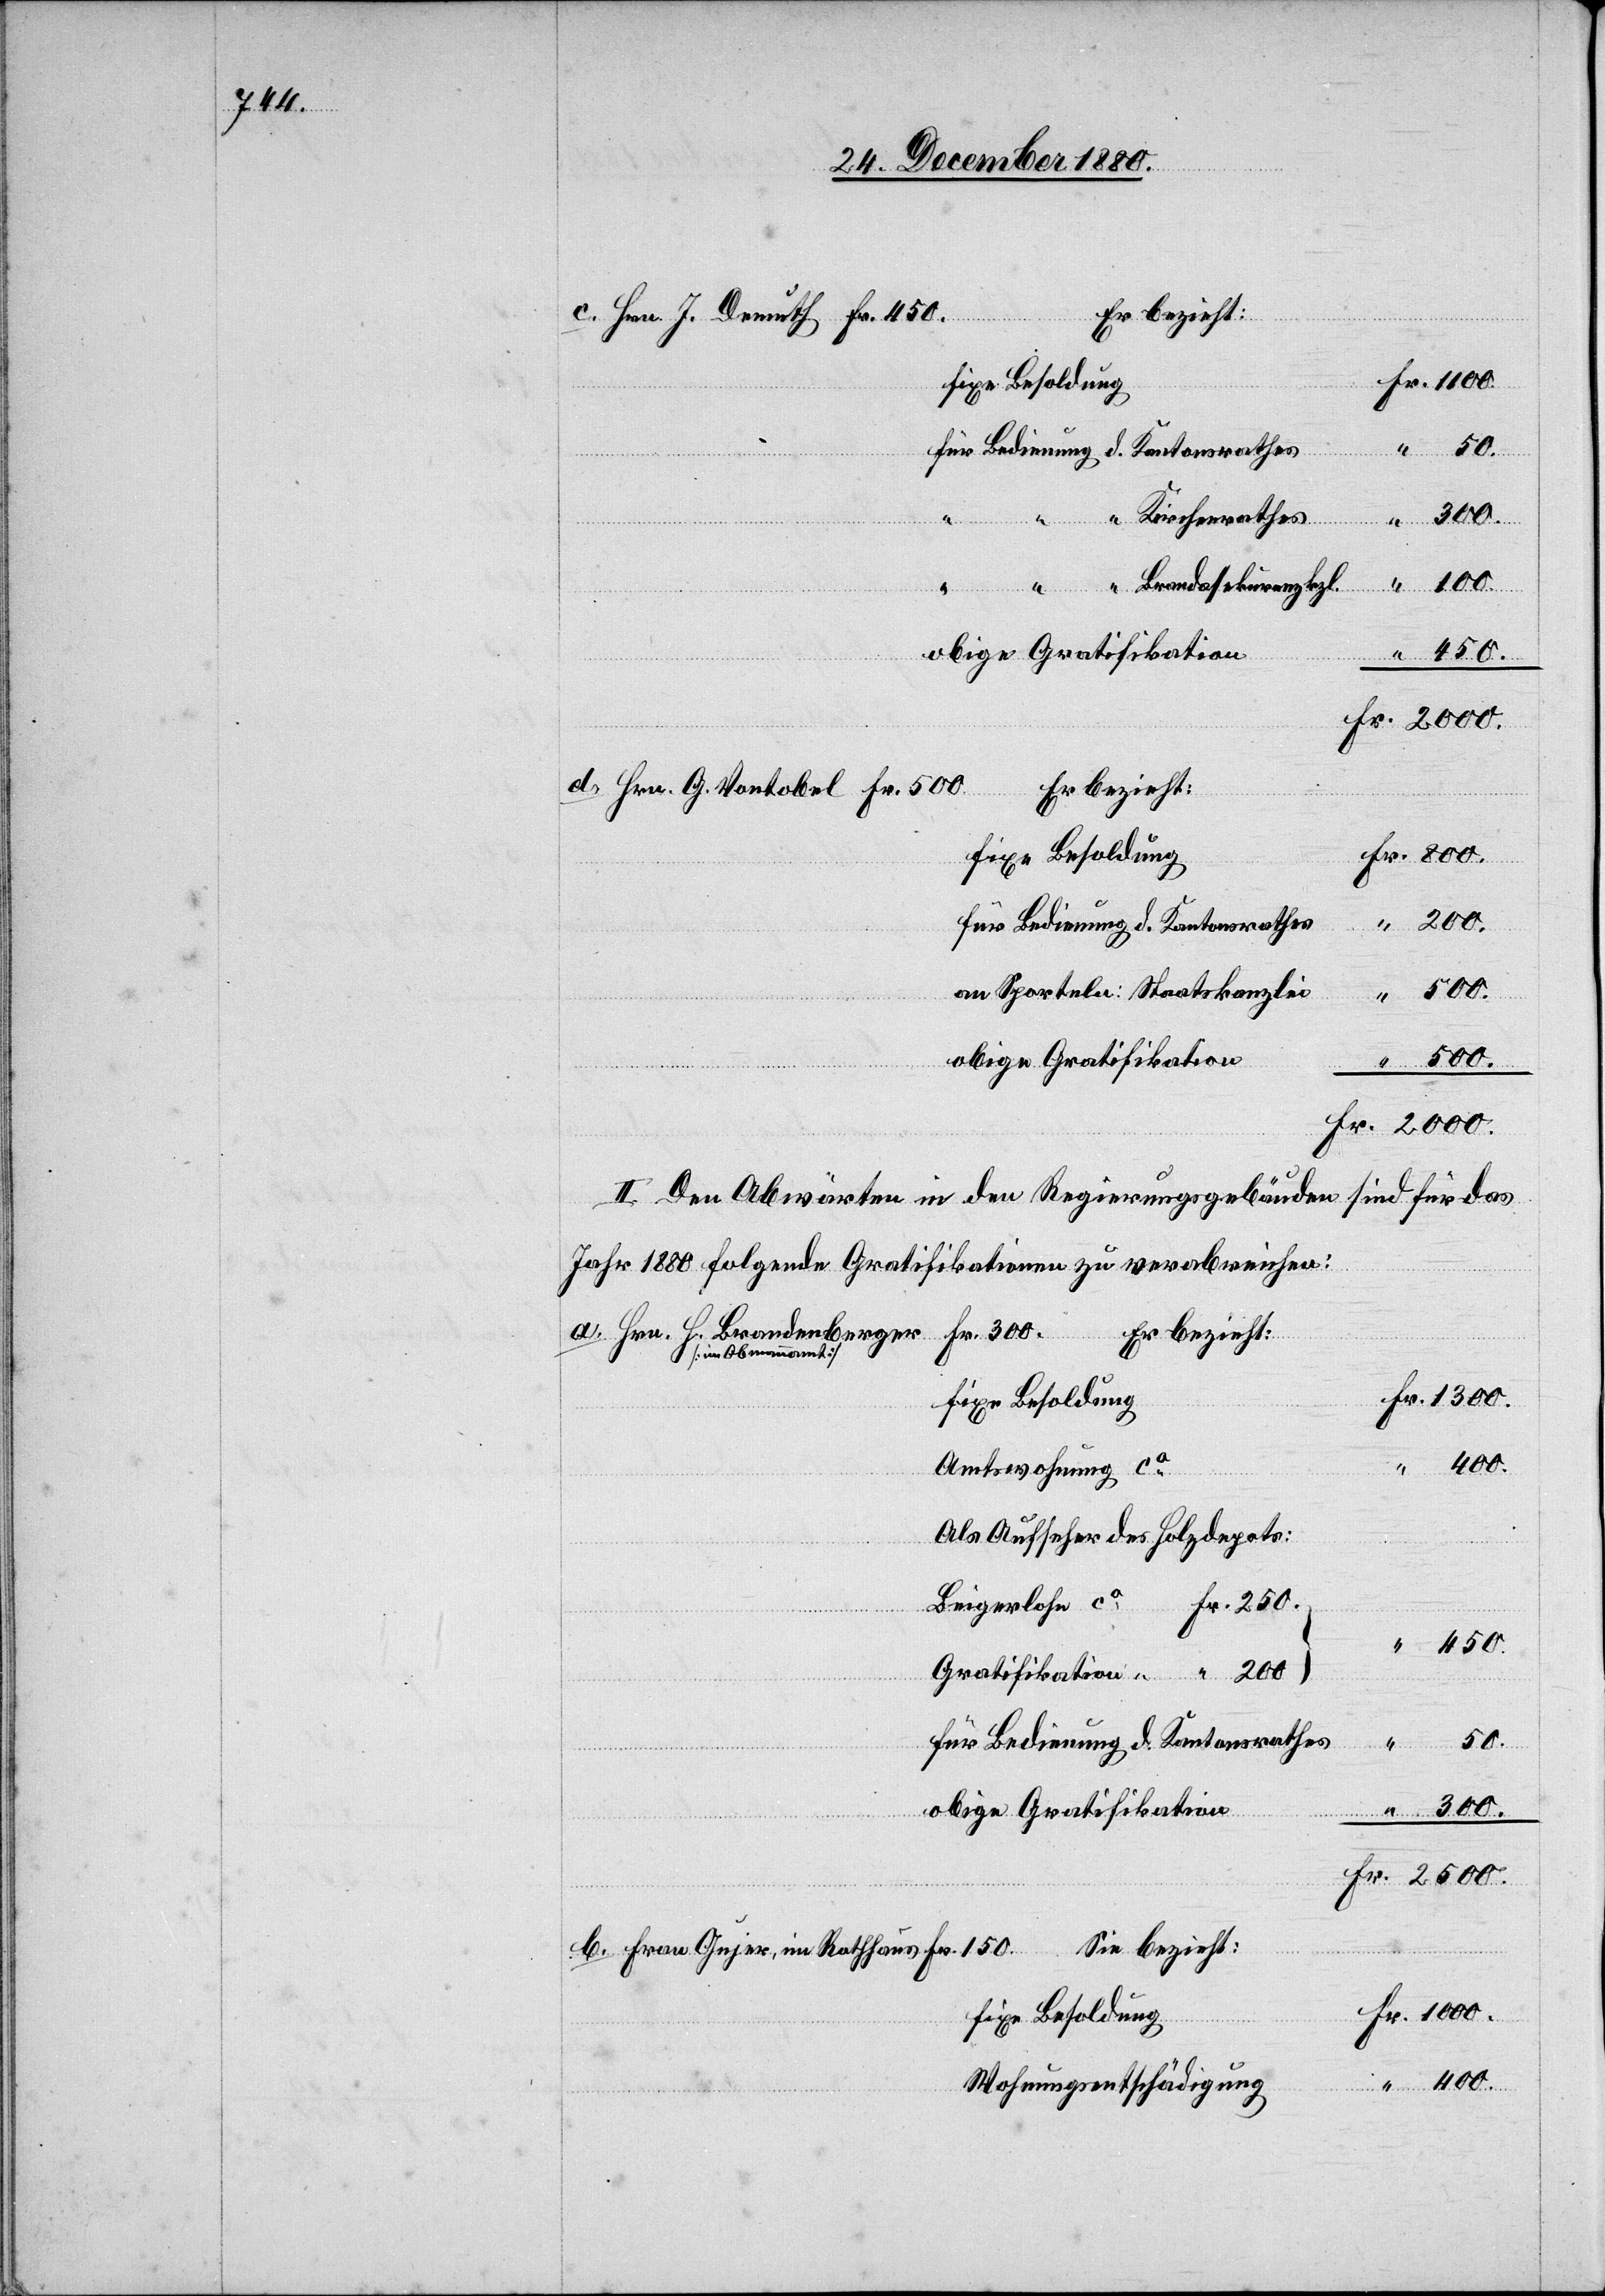
Fr. 450
Fixe Besoldung
b.
für Bedienung des Kantonsrathes
Kirchenrathes
obige Gratifikation
1000.
Fr.
Fixe Besoldung
Für Bedienung d. Kantonsrathes
1300.
an Sporteln: Staatskanzlei
“
Rathhaus
Fr. 500
II. Den Abwärten in den Regierungsgebäuden sind für das
Jahr 1880 folgende Gratifikationen zu verabreichen:
Fr. 300.
Hrn H. Brandenberger
Er bezieht:
[im Obmannamt]
400.
Amtswohnung ca
Als Aufseher des Holzdepots:
Sie bezieht:
Fr. 150.
Fixe Besoldung:
Wohnungsentschädigung